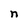
Character: n